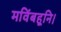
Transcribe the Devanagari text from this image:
मविंबहूनि।